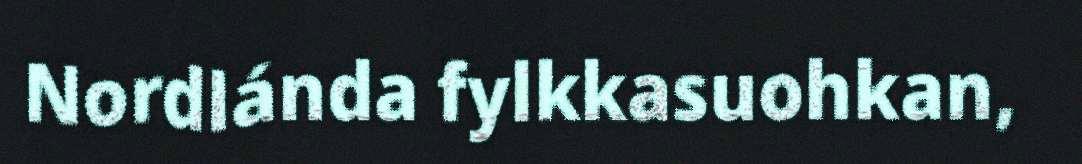
Nordlánda fylkkasuohkan,